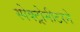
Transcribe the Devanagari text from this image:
स्पेक्ट्रोमीटरने